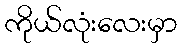
ကိုယ်လုံးလေးမှာ